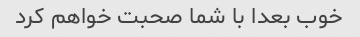
خوب بعدا با شما صحبت خواهم کرد